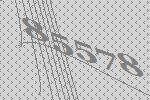
85578